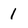
Character: 1